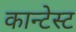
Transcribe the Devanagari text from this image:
कान्टेस्ट